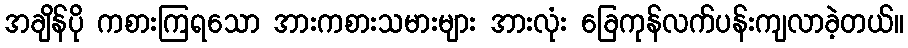
အချိန်ပို ကစားကြရသော အားကစားသမားများ အားလုံး ခြေကုန်လက်ပန်းကျလာခဲ့တယ်။